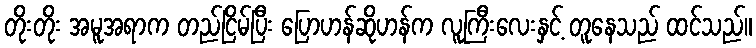
တိုးတိုး အမူအရာက တည်ငြိမ်ပြီး ပြောဟန်ဆိုဟန်က လူကြီးလေးနှင့် တူနေသည် ထင်သည်။